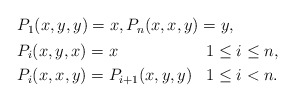
\begin{align*} \begin{aligned} & P_1(x,y,y) = x, P_n(x,x,y) = y, \\ & \begin{aligned} & P_i(x,y,x) = x & & 1\leq i\leq n, \\ & P_i(x,x,y) = P_{i+1}(x,y,y) & & 1\leq i<n. \end{aligned}\end{aligned} \end{align*}